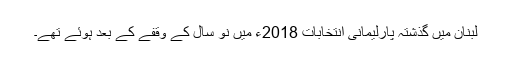
لبنان میں گذشتہ پارلیمانی انتخابات 2018ء میں نو سال کے وقفے کے بعد ہوئے تھے۔